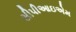
સીપીઆઇએમ